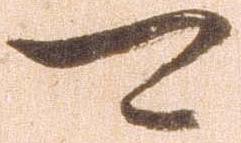
可